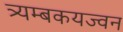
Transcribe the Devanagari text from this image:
त्र्यम्बकयज्वन